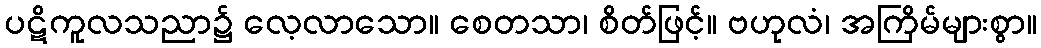
ပဋိကူလသညာ၌ လေ့လာသော။ စေတသာ၊ စိတ်ဖြင့်။ ဗဟုလံ၊ အကြိမ်များစွာ။